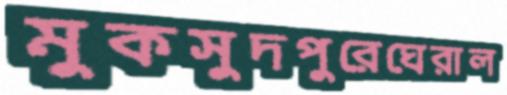
মুকসুদপুরেঘেরাল